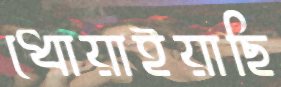
ধোয়াইয়াছি